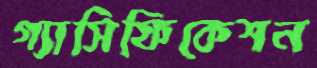
গ্যাসিফিকেশন